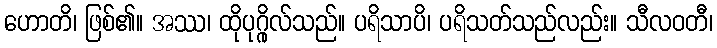
ဟောတိ၊ ဖြစ်၏။ အဿ၊ ထိုပုဂ္ဂိုလ်သည်။ ပရိသာပိ၊ ပရိသတ်သည်လည်း။ သီလဝတီ၊